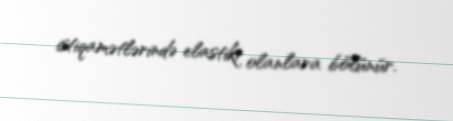
istiqamətlərində elastiki olanlara bölünür.